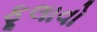
ફૂલાવો